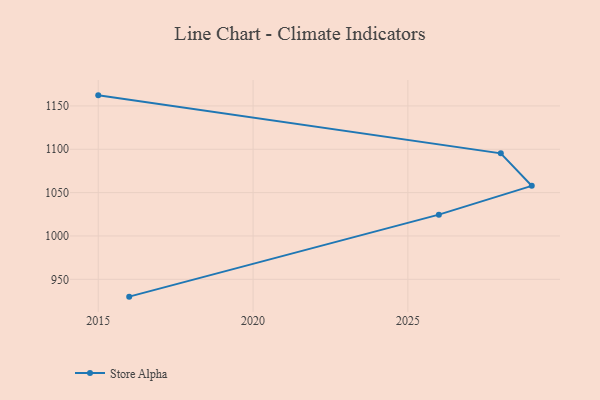
{"axis": {"x": "Year", "y": "Net Income (USD K)"}, "legend": ["Store Alpha"], "data": [{"x": "2015", "y": 1162.2, "type": "Store Alpha"}, {"x": "2028", "y": 1095.3, "type": "Store Alpha"}, {"x": "2029", "y": 1057.8, "type": "Store Alpha"}, {"x": "2026", "y": 1024.6, "type": "Store Alpha"}, {"x": "2016", "y": 930.0, "type": "Store Alpha"}]}